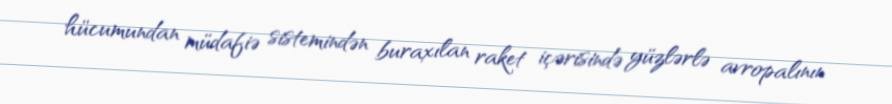
hücumundan müdafiə sistemindən buraxılan raket içərisində yüzlərlə avropalının